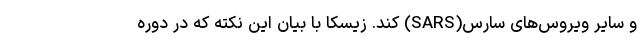
و سایر ویروس‌های سارس(SARS) کند. زیسکا با بیان این نکته که در دوره